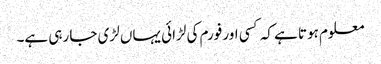
معلوم ہوتا ہے کہ کسی اور فورم کی لڑائی یہاں لڑی جا رہی ہے۔